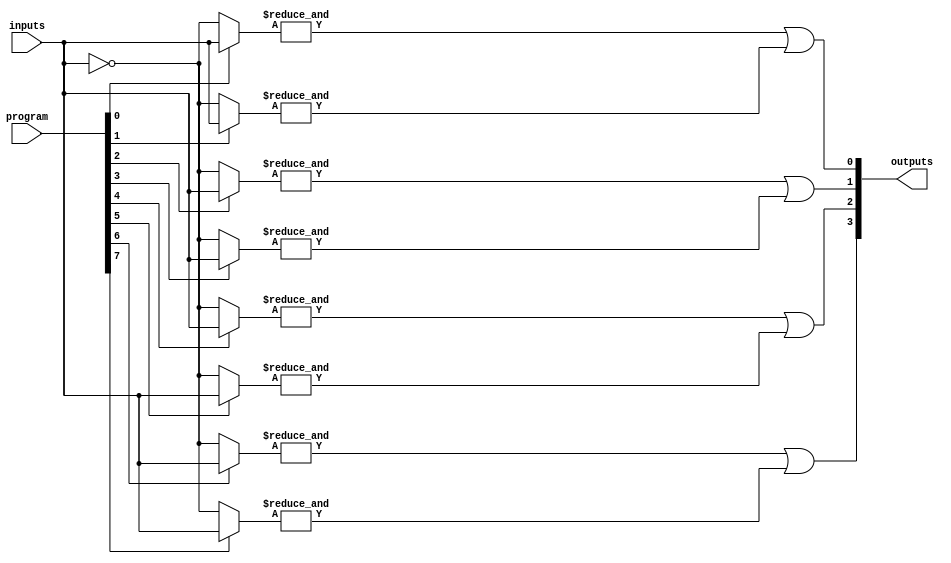
module jewel_pal (
    input wire [N-1:0] inputs,       // N input signals
    input wire [M-1:0] program,      // Programming signals for AND array
    output wire [P-1:0] outputs       // P output signals
);

// Parameters
parameter N = 8;                    // Number of inputs
parameter M = 16;                   // Number of AND gates
parameter P = 4;                    // Number of OR gates

// Internal signals
wire [M-1:0] and_out;              // Outputs from AND gates
wire [P-1:0] or_out;                // Outputs from OR gates

// Programmable AND array
genvar i, j;
generate
    for (i = 0; i < M; i = i + 1) begin : and_array
        // Each AND gate can be programmed based on the 'program' signal
        wire [N-1:0] and_inputs;
        assign and_inputs = (program[i] == 1'b1) ? inputs : ~inputs; // Example inversion logic
        assign and_out[i] = &and_inputs; // AND operation
    end
endgenerate

// Fixed OR array
generate
    for (j = 0; j < P; j = j + 1) begin : or_array
        // Each OR gate combines outputs from selected AND gates
        assign or_out[j] = or_gate_logic(j, and_out);
    end
endgenerate

// Function to define OR gate logic
function or_gate_logic;
    input integer index;
    begin
        case (index)
            0: or_gate_logic = and_out[0] | and_out[1]; // Example logic for OR gate 0
            1: or_gate_logic = and_out[2] | and_out[3]; // Example logic for OR gate 1
            2: or_gate_logic = and_out[4] | and_out[5]; // Example logic for OR gate 2
            3: or_gate_logic = and_out[6] | and_out[7]; // Example logic for OR gate 3
            default: or_gate_logic = 1'b0;
        endcase
    end
endfunction

// Assign outputs
assign outputs = or_out;

endmodule